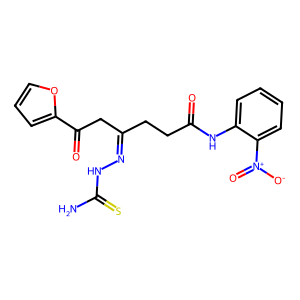
SMILES: NC(=S)NN=C(CCC(=O)Nc1ccccc1[N+](=O)[O-])CC(=O)c1ccco1
Inhibits HIV replication: No